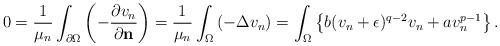
LaTeX: \begin{align*} 0 = \frac{1}{\mu_n} \int_{\partial \Omega} \left( -\frac{\partial v_n}{\partial \mathbf{n}} \right)= \frac{1}{\mu_n} \int_\Omega \left( -\Delta v_n\right) =\int_\Omega \left\{ b(v_n + \epsilon)^{q-2} v_n + a v_n^{p-1} \right\}.\end{align*}